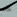
هذه